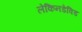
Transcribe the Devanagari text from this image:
लेकिनडेविड